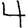
Digit: 4